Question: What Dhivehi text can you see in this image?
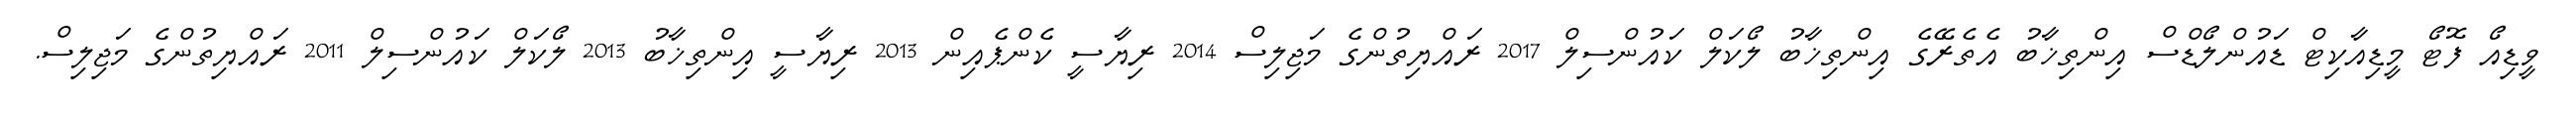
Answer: ވީޑިއޯ ފޮޓޯ މީޑިއާކިޓް ޑައުންލޯޑްސް އިންތިޚާބު އެތެރޭގެ އިންތިޚާބު ލޯކަލް ކައުންސިލް 2017 ރައްޔިތުންގެ މަޖިލިސް 2014 ރިޔާސީ ކެންޕެއިން 2013 ރިޔާސީ އިންތިޚާބު 2013 ލޯކަލް ކައުންސިލް 2011 ރައްޔިތުންގެ މަޖިލިސް.